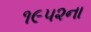
૧૯૫૨ના